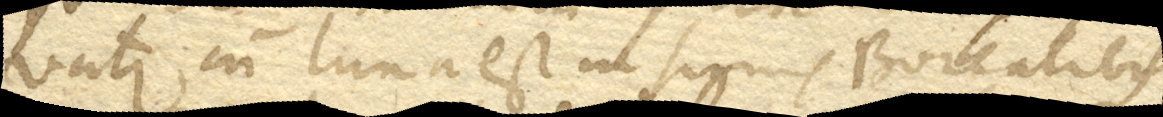
vatur cum luna est in signis Borealibus,